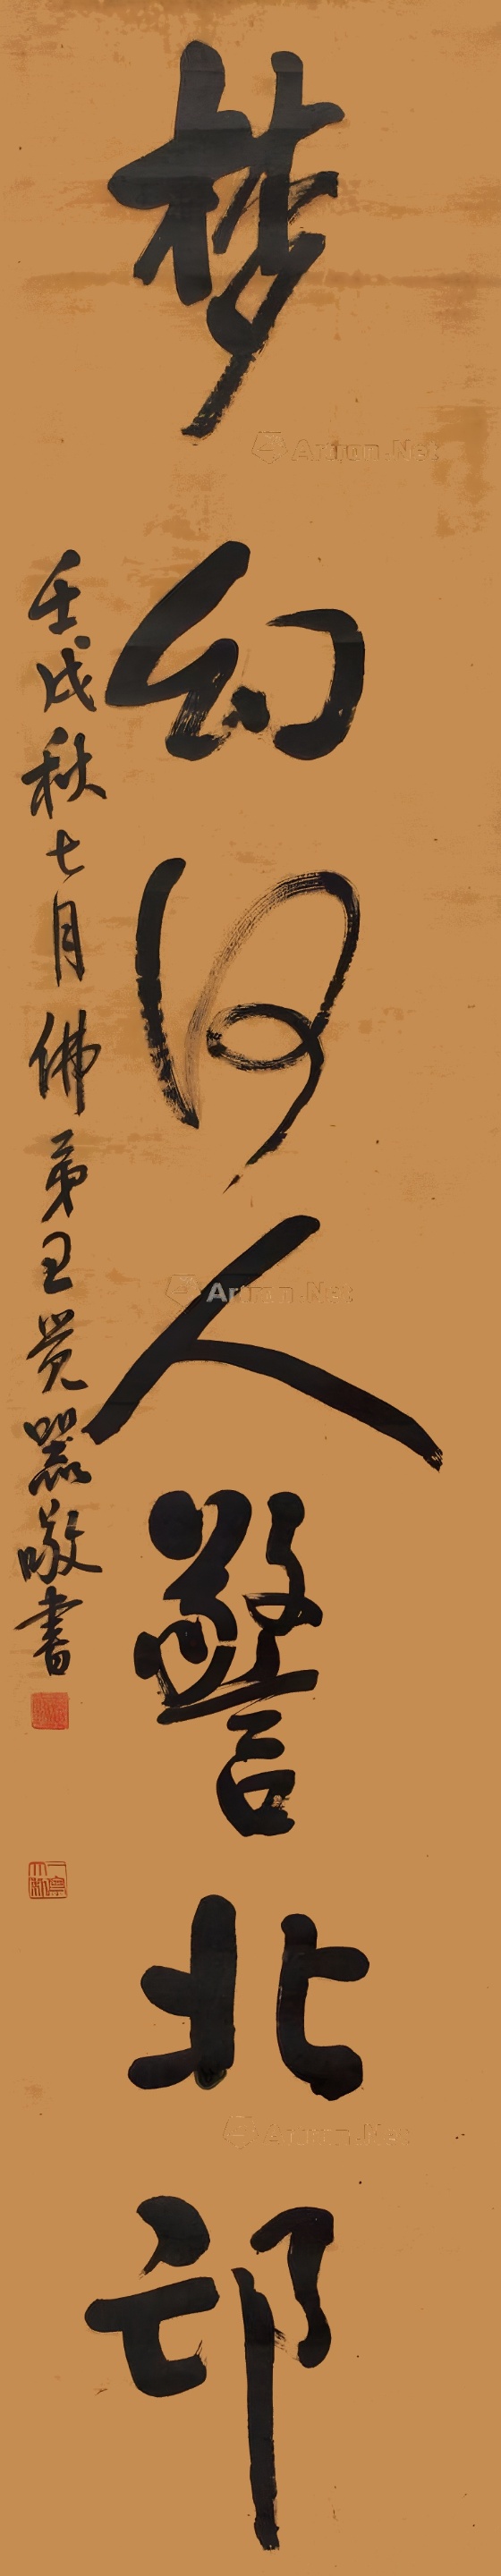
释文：梦幻何人警北邙壬戌秋七月，佛弟王觉器敬书。